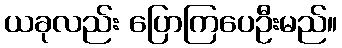
ယခုလည်း ပြောကြပေဦးမည်။